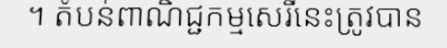
។ តំបន់ពាណិជ្ជកម្មសេរីនេះត្រូវបាន